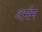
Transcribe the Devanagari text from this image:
धर्मम